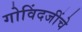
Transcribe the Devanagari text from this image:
गोविंदजींचे